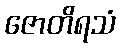
ဇောတိရသံ